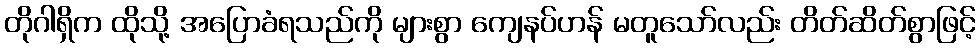
တိုဂါရှိက ထိုသို့ အပြောခံရသည်ကို များစွာ ကျေနပ်ဟန် မတူသော်လည်း တိတ်ဆိတ်စွာဖြင့်